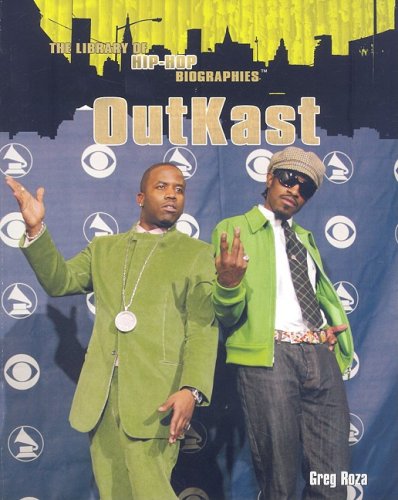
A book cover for Outkast (The Library of Hip-Hop Biographies); Greg Roza; Teen & Young Adult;